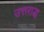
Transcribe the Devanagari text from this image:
उत्तराद्ध